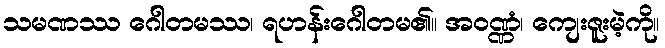
သမဏဿ ဂေါတမဿ၊ ရဟန်းဂေါတမ၏။ အဝဏ္ဏံ၊ ကျေးဇူးမဲ့ကို။